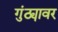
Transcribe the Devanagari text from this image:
गुंठ्यावर